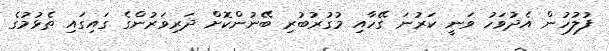
ފުލުހުން އެދުވަހު ވަނީ ކަރުނަ ގޭހާއި މުގުރުބުރި ބޭނުންކޮށް ދަރިވަރުންގެ ގައިގައި ތެޅުމުގެ